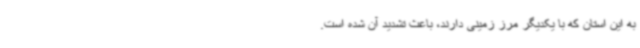
به این استان که با یکدیگر مرز زمینی دارند، باعث تشدید آن شده است.